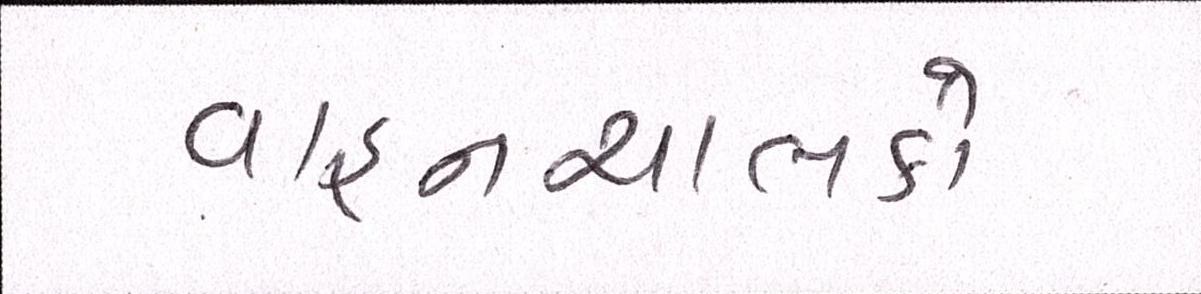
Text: વાહનચાલકો